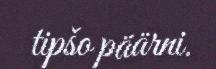
tipšo päärni.